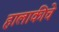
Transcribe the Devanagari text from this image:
हालाकीचे